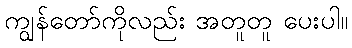
ကျွန်တော်ကိုလည်း အတူတူ ပေးပါ။